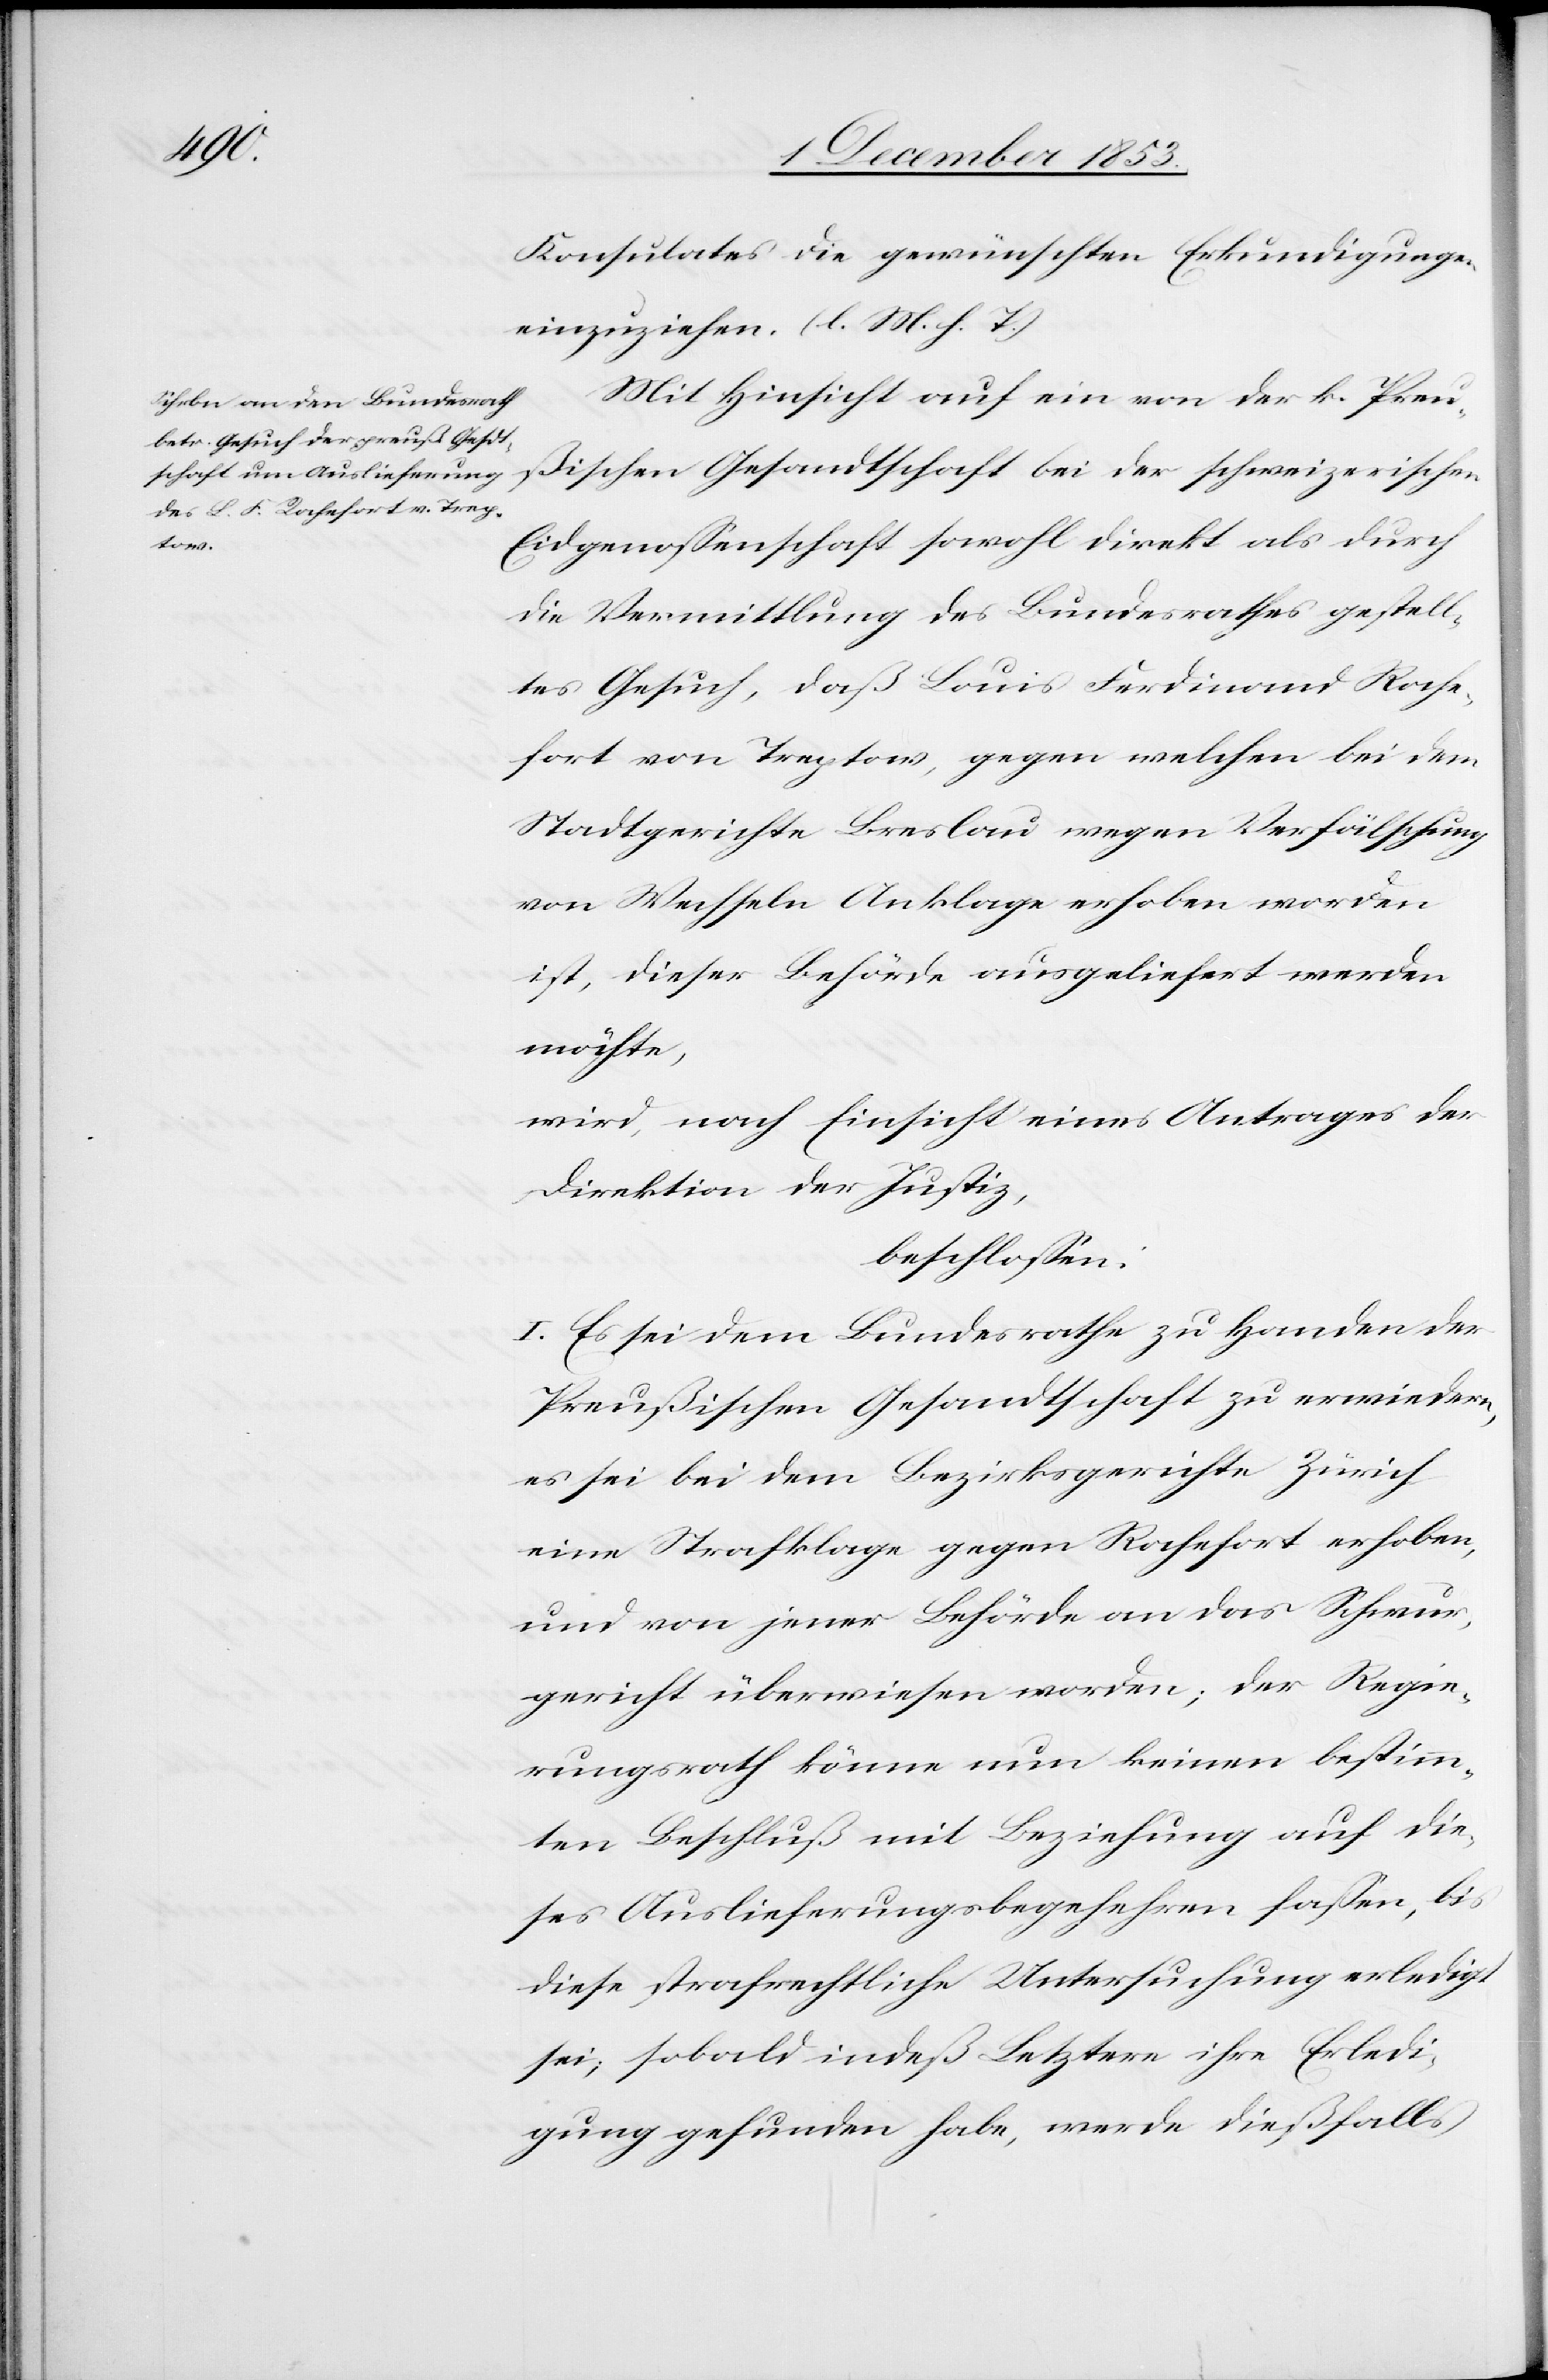
Konsulates die gewünschten Erkundigungen
einzuziehen. [l. M. h. T]
Mit Hinsicht auf ein von der k. Preu¬
ßischen Gesandtschaft bei der schweizerischen
Eidgenossenschaft sowohl direkt als durch
die Vermittlung des Bundesrathes gestell¬
tes Gesuch, daß Louis Ferdinand Roche¬
fort von Treptow, gegen welchen bei dem
Stadtgerichte Breslau wegen Verfälschung
von Wechseln Anklage erhoben worden
ist, dieser Behörde ausgeliefert werden
möchte,
wird, nach Einsicht eines Antrages der
Direktion der Justiz,
beschloßen:
I. Es sei dem Bundesrathe zu Handen der
Preußischen Gesandtschaft zu erwiedern,
es sei bei dem Bezirksgerichte Zürich
eine Strafklage gegen Rochefort erhoben,
und von jener Behörde an das Schwur¬
gericht überwiesen worden; der Regie¬
rungsrath könne nun keinen bestimm¬
ten Beschluß mit Beziehung auf die¬
ses Auslieferungsverfahren faßen, bis
diese strafrechtliche Untersuchung erledigt
sei; sobald indeß Letztere ihre Erledi¬
gung gefunden haben, werde dießfalls